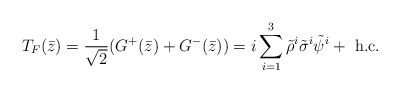
\begin{align*}T_F(\bar{z}) = \frac{1}{\sqrt{2}} (G^+(\bar{z}) + G^-(\bar{z})) = i\sum_{i=1}^3\tilde{\rho}^{i}\tilde{\sigma}^{i}\tilde{\psi}^{i} + \mbox{ h.c.}\end{align*}